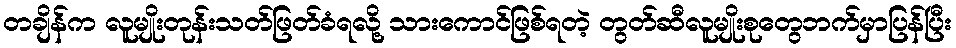
တချိန်က လူမျိုးတုန်းသတ်ဖြတ်ခံရလို့ သားကောင်ဖြစ်ရတဲ့ တွတ်ဆီလူမျိုးစုတွေဘက်မှာပြန်ပြီး